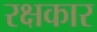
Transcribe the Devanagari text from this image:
रक्षकार